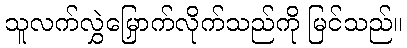
သူလက်လွှဲမြှောက်လိုက်သည်ကို မြင်သည်။